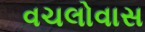
વચલોવાસ